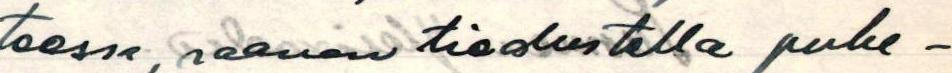
teessa, saanen tiedustella puhe-